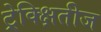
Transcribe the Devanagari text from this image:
ट्रेक्क्षितीज